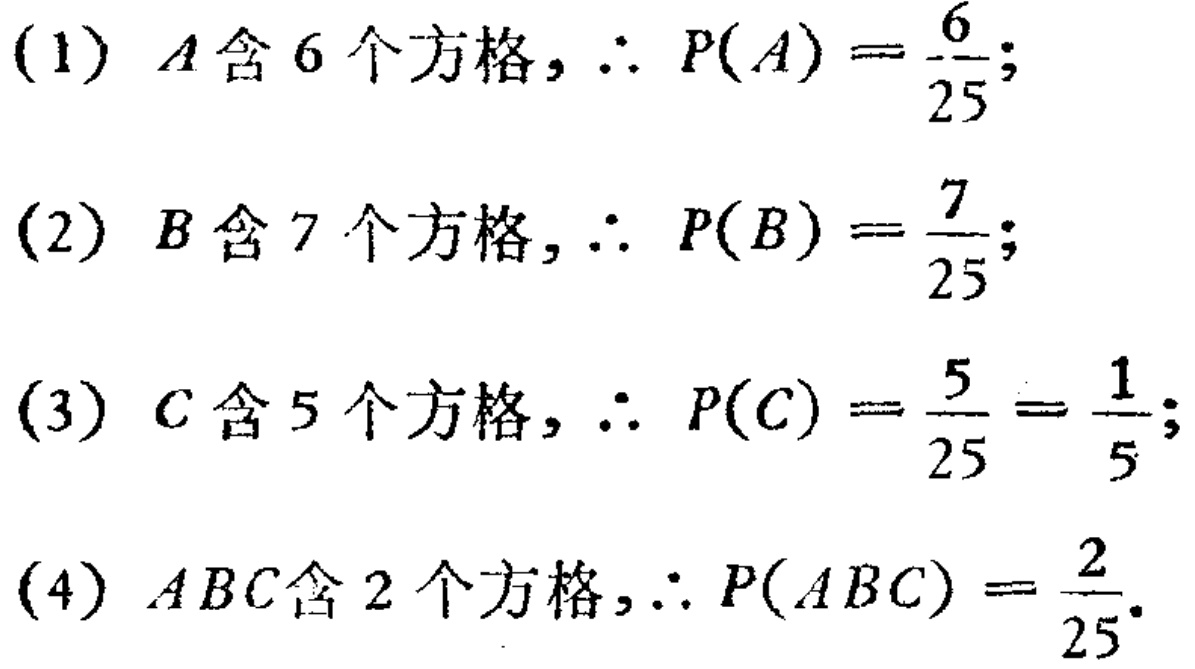
(1) \(A\)含\(6\)个方格，\(\therefore P(A)=\frac{6}{25}\);

(2) \(B\)含\(7\)个方格，\(\therefore P(B)=\frac{7}{25}\);

(3) \(C\)含\(5\)个方格，\(\therefore P(C)=\frac{5}{25}=\frac{1}{5}\);

(4) \(ABC\)含\(2\)个方格，\(\therefore P(ABC)=\frac{2}{25}\).